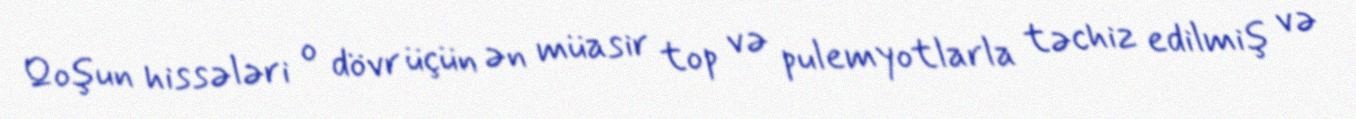
Qoşun hissələri o dövr üçün ən müasir top və pulemyotlarla təchiz edilmiş və